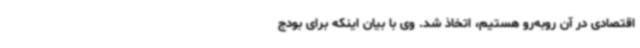
اقتصادی در آن روبه‌رو هستیم، اتخاذ شد. وی با بیان اینکه برای بودج